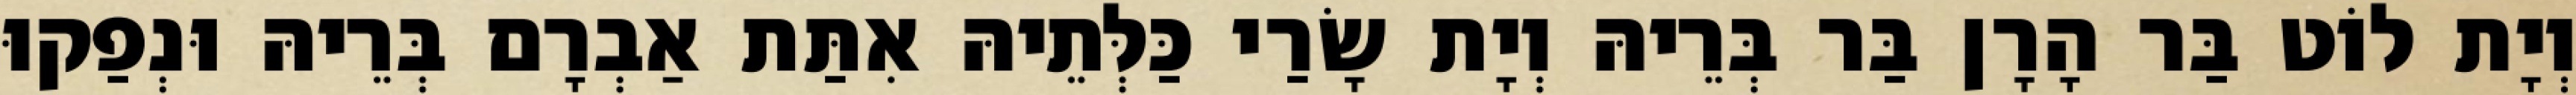
וְיָת לוֹט בַּר הָרָן בַּר בְּרֵיהּ וְיָת שָׂרַי כַּלְּתֵיהּ אִתַּת אַבְרָם בְּרֵיהּ וּנְפַקוּ